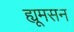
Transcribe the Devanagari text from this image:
ह्यूमसन